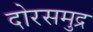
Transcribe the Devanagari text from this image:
दोरसमुद्र